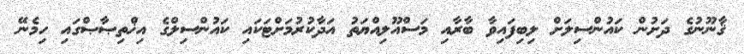
ޤާނޫނުގެ ދަށުން ކައުންސިލަށް ލިބިފައިވާ ބާރާއި މަސްއޫލިއްޔަތު އަދާކުރުމަށްޓަކައި ކައުންސިލްގެ އިޚްތިޞާޞްގައި ހިމެނޭ